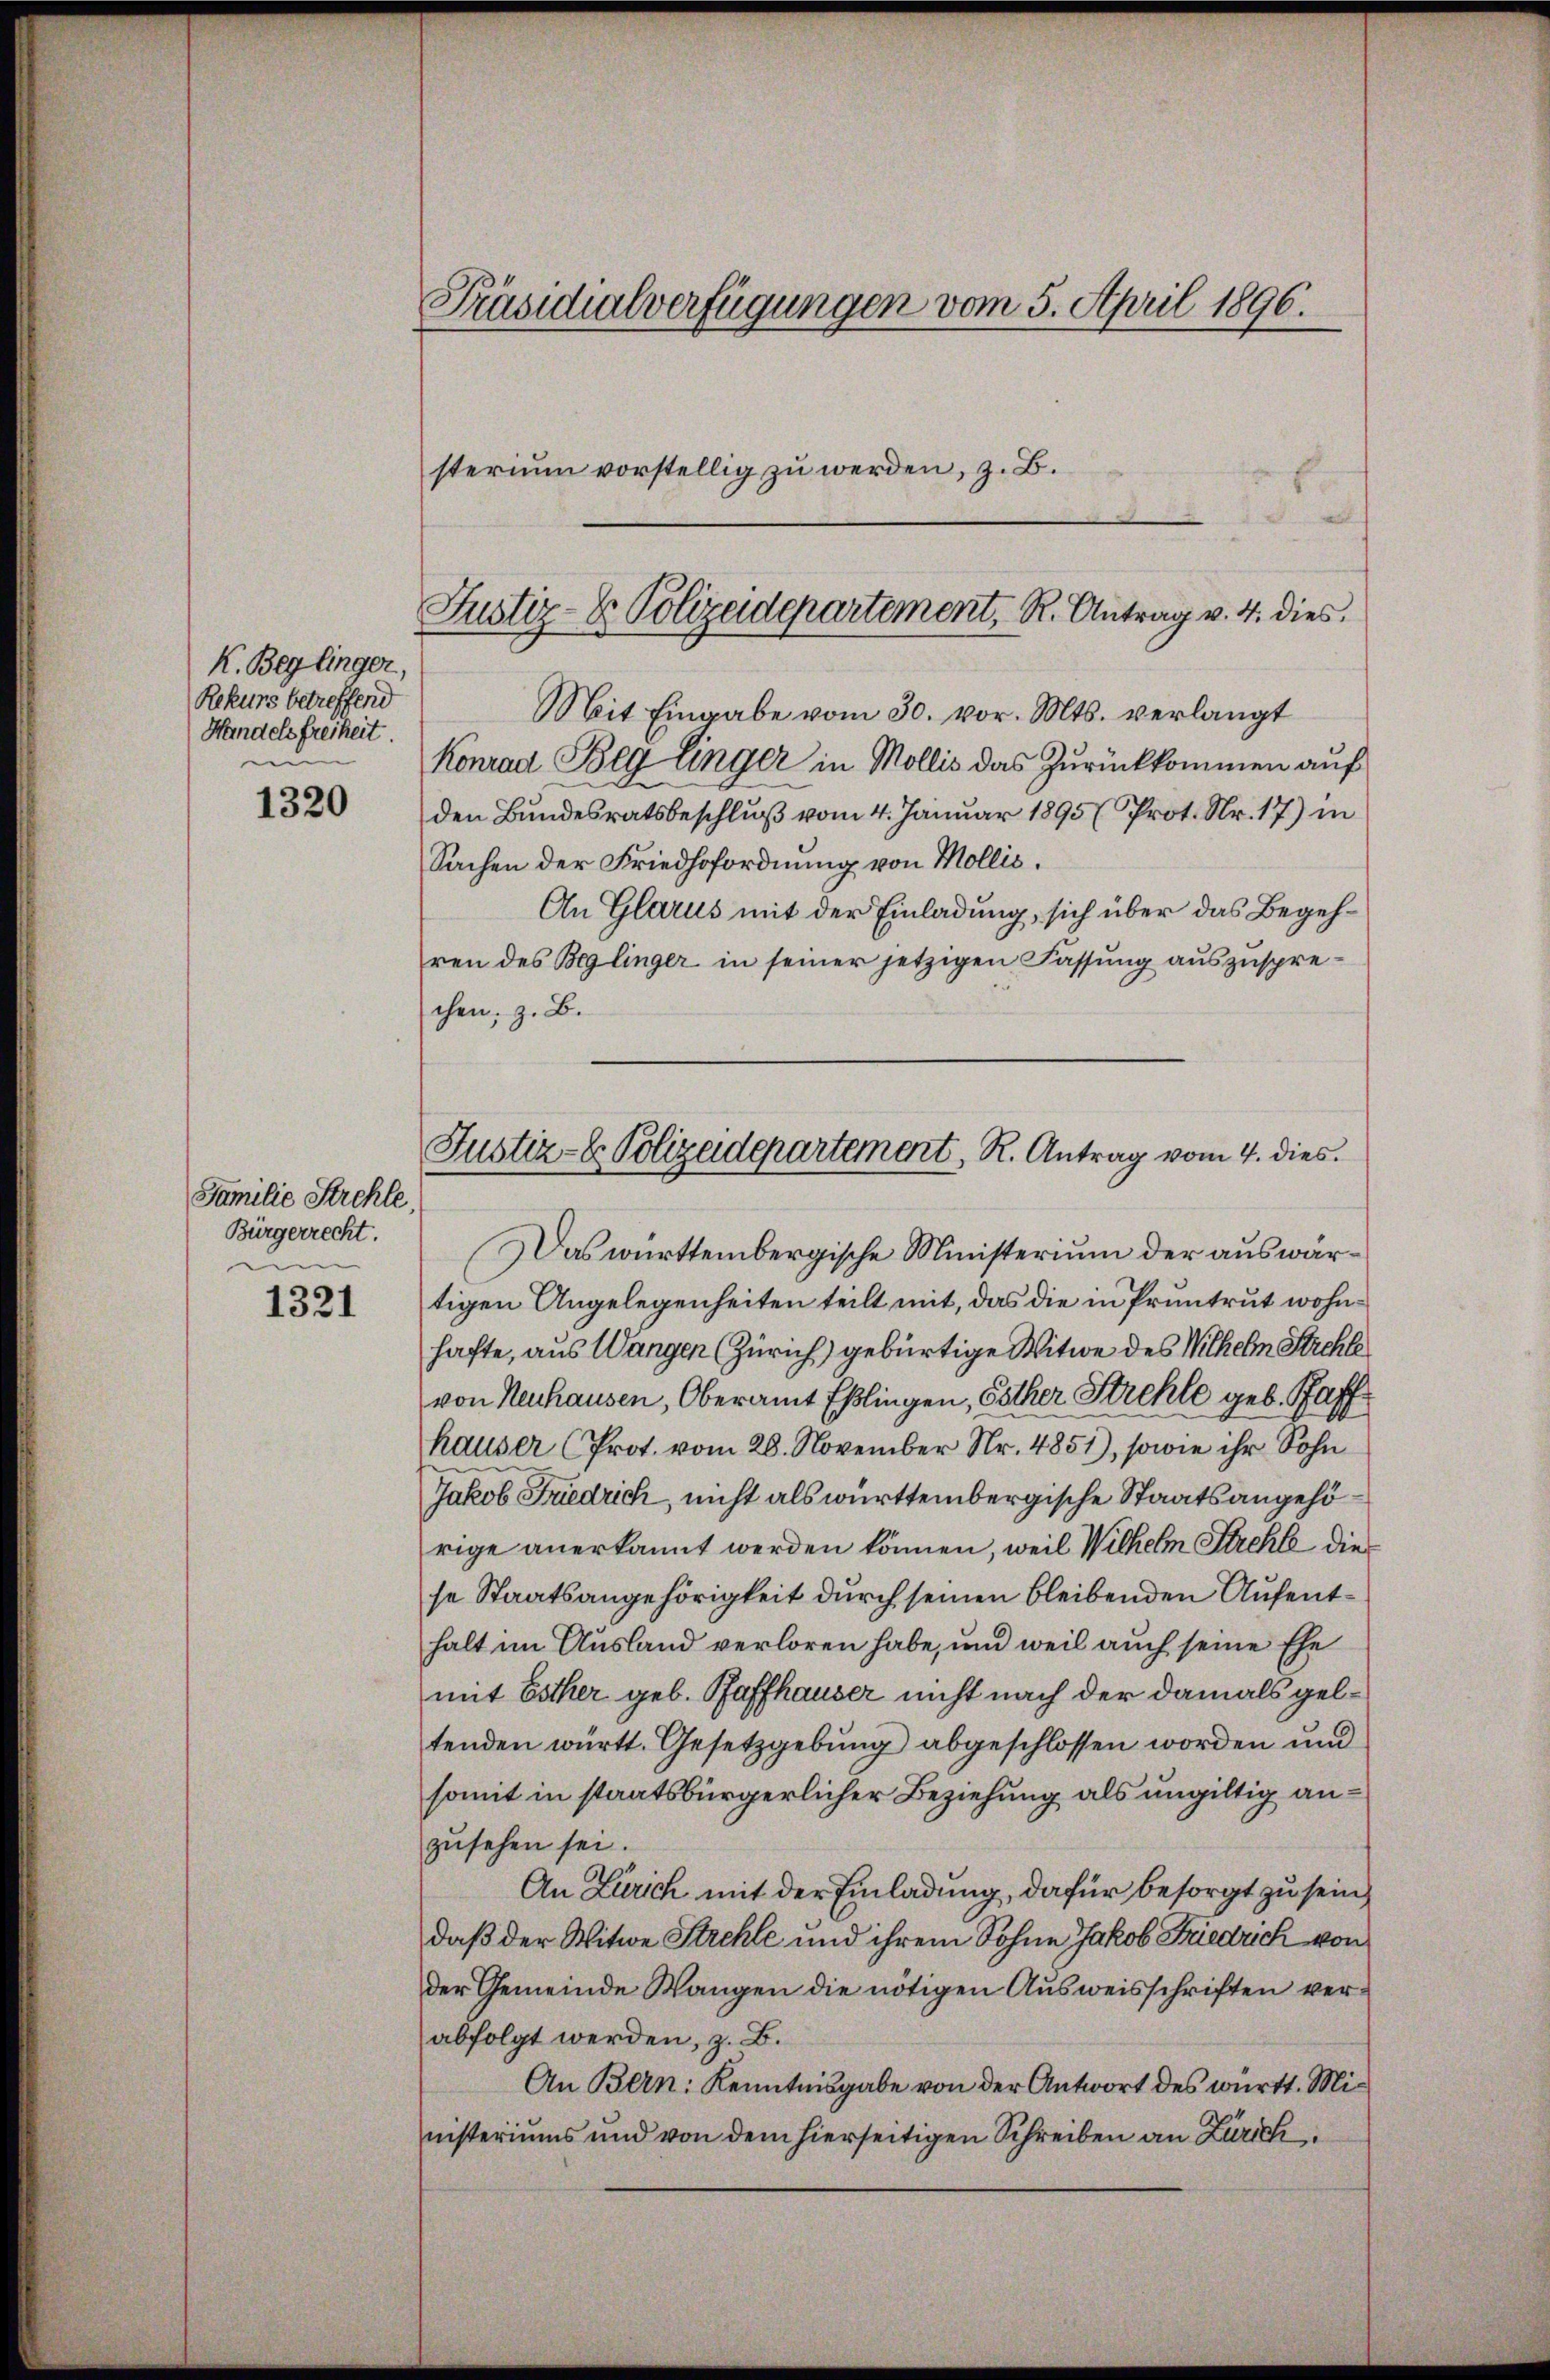
K. Beglinger,
Rekurs betreffend
Handels freiheit.

1320

Familie Strehle,
Bürgerrecht.
e

1321

Präsidialverfügungen vom 5. April 1896.
sterium vorstellig zu werden, z. B.

Justiz- & Polizeidepartement, R. Antrag v. 4. dies

Justiz- & Polizeidepartement, R. Antrag vom 4. dies

Mit Eingabe vom 30. vor. Mts. verlangt
Konrad Beglinger in Mollis das Zurückkommen auf
den Bundesratsbeschlŭβ vom 4. Januar 1895 (Prot. Nr. 17) in
Sachen der Friedhofordnung von Mollis.
An Glarus mit der Einladung, sich über das Begehren des Beglinger in seiner jetzigen Fassung auszusprechen, z. B.
Das württembergische Ministerium der auswärtigen Angelegenheiten teilt mit, das die in Pruntrut wohnhafte, aus Wangen Zürich) gebürtige Witwe des Wilhelm Strehle
von Neuhausen, Oberamt Eßlingen, Esther Strehle geb. Haff
hauser (Prot. vom 28. November Nr. 4851), sowie ihr Sohn
Jakob Friedrich, nicht als württembergische Staatsangehörige anerkannt werden können, weil Wilhelm Strehl dies
se Staatsangehörigkeit durch seinen bleibenden Aufenthalt im Ausland verloren habe, und weil auch seine Ehe
mit Esther geb. Pfaffhauser nicht nach der damals geltenden württ. Gesetzgebung abgeschlossen worden und
somit in staatsbürgerlicher Beziehung als ungültig anzusehen sei.
An Zürich mit der Einladung, dafür besorgt zu sein,
daß der Witwe Strehle und ihrem Sohne Jakob Friedrich von
der Gemeinde Wangen die nötigen Ausweisschriften verabfolgt werden, z. B.
An Bern: Kenntnisgabe von der Antwort des württ. Ministeriums und von dem hierseitigen Schreiben an Zürich